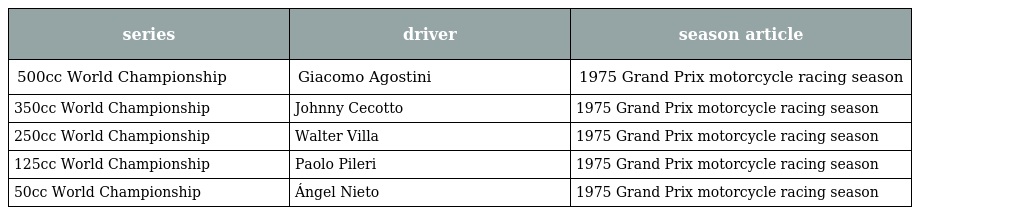
| series | driver | season article |
 | --- | --- | --- |
 | 500cc World Championship | Giacomo Agostini | 1975 Grand Prix motorcycle racing season |
 | 350cc World Championship | Johnny Cecotto | 1975 Grand Prix motorcycle racing season |
 | 250cc World Championship | Walter Villa | 1975 Grand Prix motorcycle racing season |
 | 125cc World Championship | Paolo Pileri | 1975 Grand Prix motorcycle racing season |
 | 50cc World Championship | Ángel Nieto | 1975 Grand Prix motorcycle racing season |